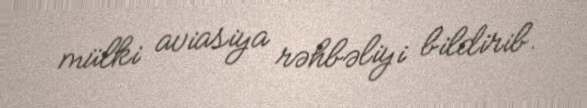
mülki aviasiya rəhbəliyi bildirib.